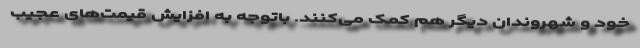
خود و شهروندان دیگر هم کمک می‌کنند. باتوجه به افزایش قیمت‌های عجیب